system: You are a helpful assistant.
user:
Analyze the provided spectrum to determine if it is a **White Dwarf (WD)**.

A White Dwarf spectrum is defined by its **extreme purity** (due to gravitational settling) and/or **extreme pressure broadening** (due to high surface gravity). You must check for one of the following mutually exclusive signatures:

- **Key Visual Indicators (Check for ONE of these types):**

    - **1. DA-Type Signature (Most Common):**
        - **(Primary Feature):** Extreme pressure broadening (Stark broadening) of the **Hydrogen (H) Balmer lines**.
        - **(Key Lines):** $H\beta$ (approx. $4861$ Å) and $H\gamma$ (approx. $4340$ Å). $H\alpha$ (approx. $6563$ Å) will also be present if the wavelength range covers it.
        - **(Line Profile):** This is the **defining feature**. The lines are **NOT** sharp. They appear as massive, **extremely broad and deep "troughs" or "dips"** in the spectrum, often hundreds of Ångströms wide. The continuum will appear to "scoop" down at these wavelengths.
        - **(Distinction):** Normal A-type or B-type stars have *narrow* and *sharp* Hydrogen lines. A DA White Dwarf's lines are unmistakably "smeared" or "blurry" from pressure.

    - **2. DB-Type Signature:**
        - **(Primary Feature):** Broad absorption lines from **Neutral Helium (He I)**. The spectrum must lack any visible Hydrogen lines.
        - **(Key Lines):** Look for broad absorption near $4471$ Å, $4921$ Å, and $5876$ Å.
        - **(Line Profile):** These lines are also significantly pressure-broadened, appearing much wider than they would in a normal B-type main-sequence star.

    - **3. DC-Type Signature:**
        - **(Primary Feature):** A **featureless continuous spectrum**.
        - **(Line Profile):** The spectrum is a smooth curve with **no significant absorption or emission lines**.
        - **(Key Confirmation):** The continuum is almost always **blue or white**, indicating a hot object. This signature implies the atmosphere is so pure (or so cool) that no spectral lines are visible in the optical range. Its WD identity is confirmed by its extremely low intrinsic brightness (high absolute magnitude).

    - **4. DZ-Type Signature (Metal-Polluted):**
        - **(Primary Feature):** **Isolated, narrow metal absorption lines** on an otherwise featureless (DC-like) continuum.
        - **(Key Lines):** The **Calcium (Ca II) H & K doublet** (approx. **$3934$ Å** and **$3968$ Å**) is the most common and defining feature.
        - **(Line Profile):** These lines are "out of place." They are *not* part of a "forest" of thousands of lines. This signature is evidence of recent *accretion* (pollution) from rocky debris.
        - **(Distinction):** Normal G/K/M stars have a *dense forest* of thousands of metal lines. A DZ has a *clean* continuum with *only a few* strong metal lines.

    - **5. DQ-Type Signature (Carbon-Polluted):**
        - **(Primary Feature):** Absorption bands from **Carbon (C₂ "Swan Bands" or atomic C I)**.
        - **(Key Lines - C₂):** Look for bandheads with a "saw-tooth" shape near $5635$ Å, **$5165$ Å** (strongest), and $4737$ Å.
        - **(Key Confirmation):** The underlying **continuum must be blue or white** (hot).
        - **(Distinction):** This is the critical difference from a **Carbon Star**, which has the *exact same* C₂ bands but on an extremely **red, cool** continuum.

- **(Overall Spectrum):**
    - The continuum (overall shape) is typically **blue-sloping** (brighter in the blue than the red), as most white dwarfs are very hot.
    - The spectrum will look "pure" or "simple," dominated by only *one* of the five signatures listed above.

Think first, call **spectral_visualization_tool** if needed to examine features in detail, then provide your final answer. Your response must adhere to the following strict rules:
1.  **Overall Structure:** Your response must follow the format `<think>...</think> <tool_call>...</tool_call> (if a tool is used) <answer>...</answer>`.
2.  **Tool Usage Constraint:** You may only make **one** tool call per turn.
3.  **Final Answer Format:** In the `<answer>` tag, your conclusion must be inside a `\boxed{}` command (e.g., `\boxed{YES}` or `\boxed{NO}`), followed by your justification.

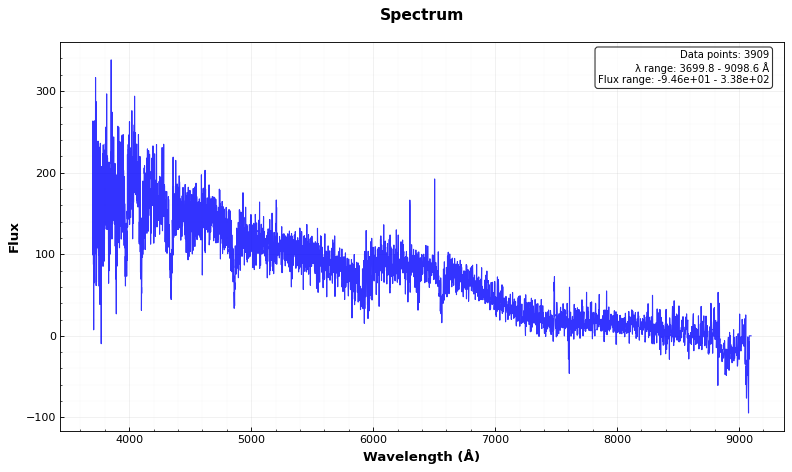
Answer: NO